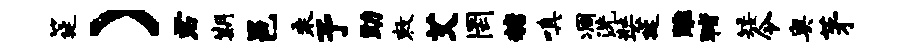
筵）君期邑乘予助敕艾罔糖嗔凋洗奘延雕猪矮令奥茅